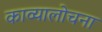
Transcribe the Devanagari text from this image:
काव्यालोचना